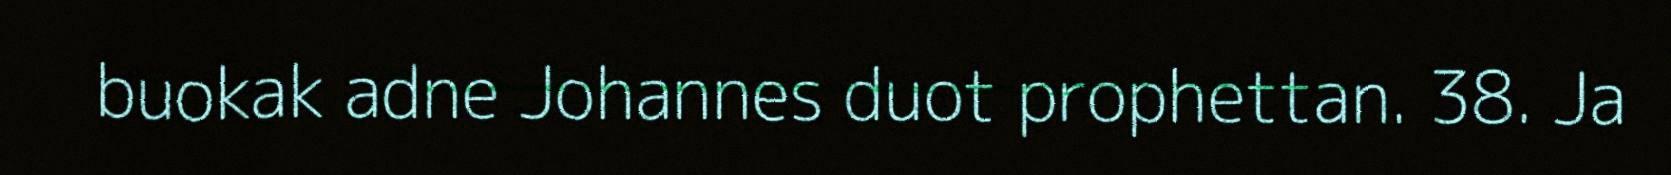
buokak adne Johannes duot prophettan. 38. Ja